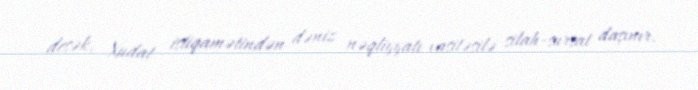
desək, Xudat istiqamətindən dəniz nəqliyyatı vasitəsilə silah-sursat daşınır.